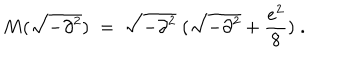
LaTeX: M ( \sqrt { - \partial ^ { 2 } } ) \; = \; \sqrt { - \partial ^ { 2 } } \; ( \sqrt { - \partial ^ { 2 } } + \frac { e ^ { 2 } } { 8 } ) \; .